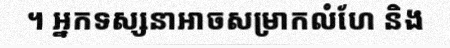
។ អ្នកទស្សនាអាចសម្រាកលំហែ និង